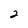
Character: 2